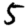
Digit: 5